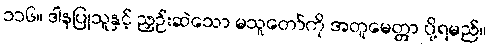
၁၁၆။ ဒါနပြုသူနှင့် ညှဉ်းဆဲသော မသူတော်ကို အတူမေတ္တာ ပို့ရမည်။